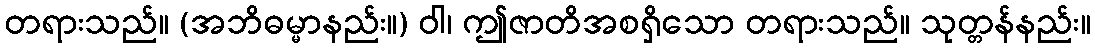
တရားသည်။ (အဘိဓမ္မာနည်း။) ဝါ၊ ဤဇာတိအစရှိသော တရားသည်။ သုတ္တန်နည်း။